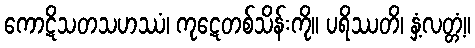
ကောဋိသတသဟဿံ၊ ကုဋေတစ်သိန်းကို။ ပရိဿတိ၊ နှံ့လတ္တံ့။